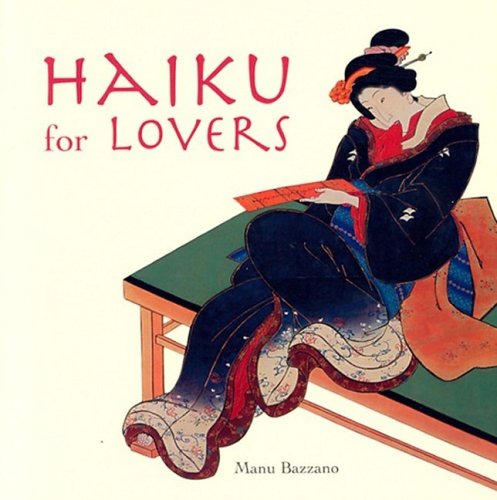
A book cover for Haiku for Lovers; Manu Bazzano; Literature & Fiction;